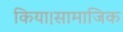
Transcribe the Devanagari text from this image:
किया।सामाजिक